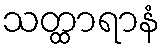
သတ္ထာရာနံ